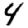
Digit: 4